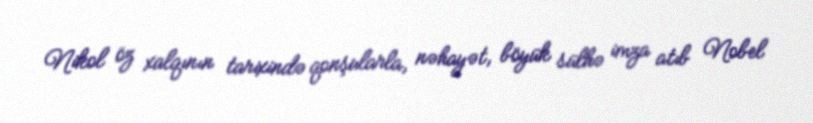
Nikol öz xalqının tarixində qonşularla, nəhayət, böyük sülhə imza atıb Nobel